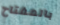
بالمفتاح